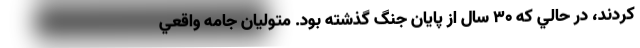
‌كردند، در حالي كه 30 سال از پايان جنگ گذشته بود. متوليان جامه واقعي